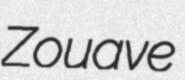
Zouave